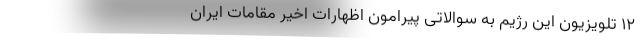
۱۲ تلویزیون این رژیم به سوالاتی پیرامون اظهارات اخیر مقامات ایران